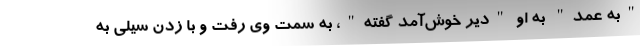
"به عمد" به او "دیر خوش‌آمد گفته"، به سمت وی رفت و با زدن سیلی به